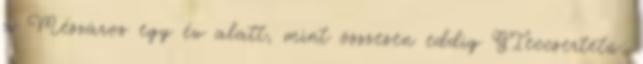
a Mészáros egy év alatt, mint összesen eddig GIeccsertetű: